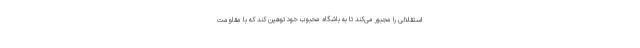
استقلالی را مجبور می‌کند تا به باشگاه محبوب خود توهین کند که با مقاومت